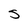
Character: S